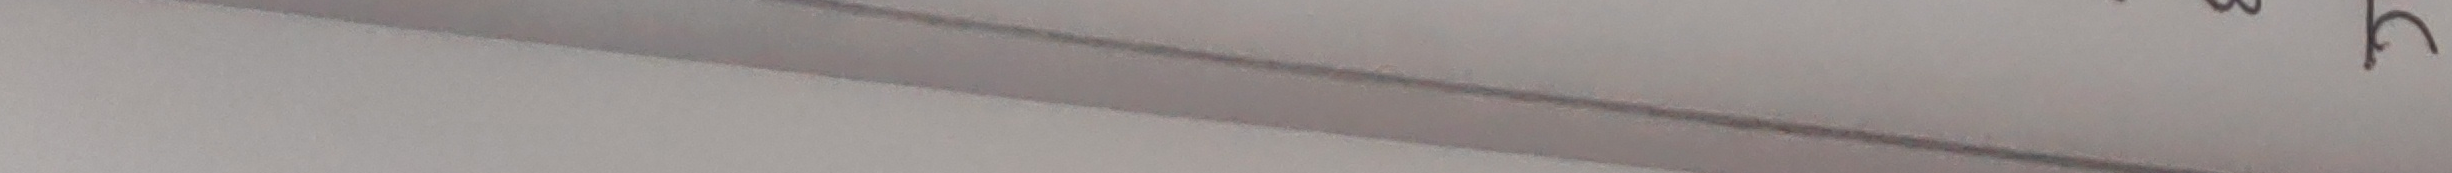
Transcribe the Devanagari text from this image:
३ छ